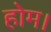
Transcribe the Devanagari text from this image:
होम।